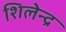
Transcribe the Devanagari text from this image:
शिलेन्द्र